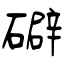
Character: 礔